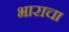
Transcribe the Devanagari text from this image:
भाराचा